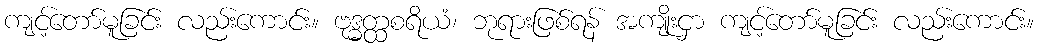
ကျင့်တော်မူခြင်း လည်းကောင်း။ ဗုဒ္ဓတ္ထစရိယံ၊ ဘုရားဖြစ်ရန် အကျိုးငှာ ကျင့်တော်မူခြင်း လည်းကောင်း။